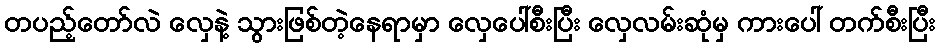
တပည့်တော်လဲ လှေနဲ့ သွားဖြစ်တဲ့နေရာမှာ လှေပေါ်စီးပြီး လှေလမ်းဆုံမှ ကားပေါ် တက်စီးပြီး